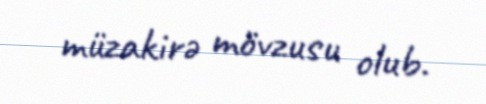
müzakirə mövzusu olub.